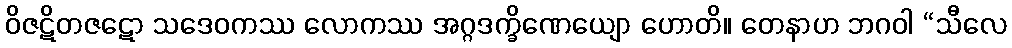
ဝိဇဋိတဇဋော သဒေဝကဿ လောကဿ အဂ္ဂဒက္ခိဏေယျော ဟောတိ။ တေနာဟ ဘဂဝါ “သီလေ